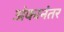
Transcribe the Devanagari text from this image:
अंकानंतर